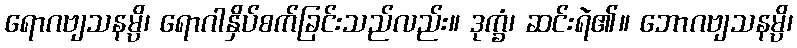
ရောဂဗျသနမ္ပိ၊ ရောဂါနှိပ်စက်ခြင်းသည်လည်း။ ဒုက္ခံ၊ ဆင်းရဲ၏။ ဘောဂဗျသနမ္ပိ၊